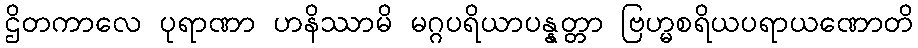
ဌိတကာလေ ပုရာဏာ ဟနိဿာမိ မဂ္ဂပရိယာပန္နတ္တာ ဗြဟ္မစရိယပရာယဏောတိ